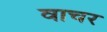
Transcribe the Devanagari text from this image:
वाचर